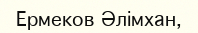
Ермеков Әлімхан,